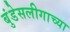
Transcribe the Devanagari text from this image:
बुंडेसलीगाच्या